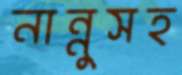
নান্নুসহ